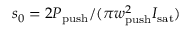
s _ { 0 } = 2 \ensuremath { P _ { \mathrm { p u s h } } } / ( \pi w _ { \mathrm { p u s h } } ^ { 2 } I _ { \mathrm { s a t } } )